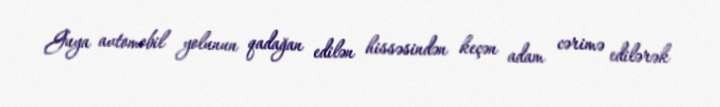
Guya avtomobil yolunun qadağan edilən hissəsindən keçən adam cərimə edilərək